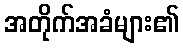
အတိုက်အခံများ၏